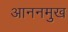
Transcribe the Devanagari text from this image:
आननमुख